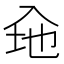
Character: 𮰃